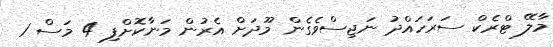
މާލޭ ޓްރެކް ސަރަހައްދު ނަޖިސްވެގެން މޫދަށް އެރުން މަނާކޮށްފި 4 މަސް 1